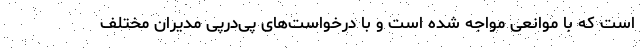
است که با موانعی مواجه شده است و با درخواست‌های پی‌درپی مدیران مختلف